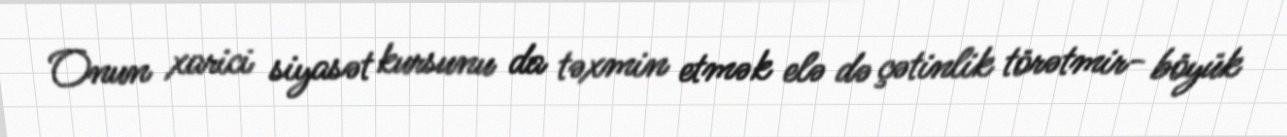
Onun xarici siyasət kursunu da təxmin etmək elə də çətinlik törətmir- böyük